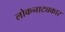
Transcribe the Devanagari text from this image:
लोकनाट्यकार